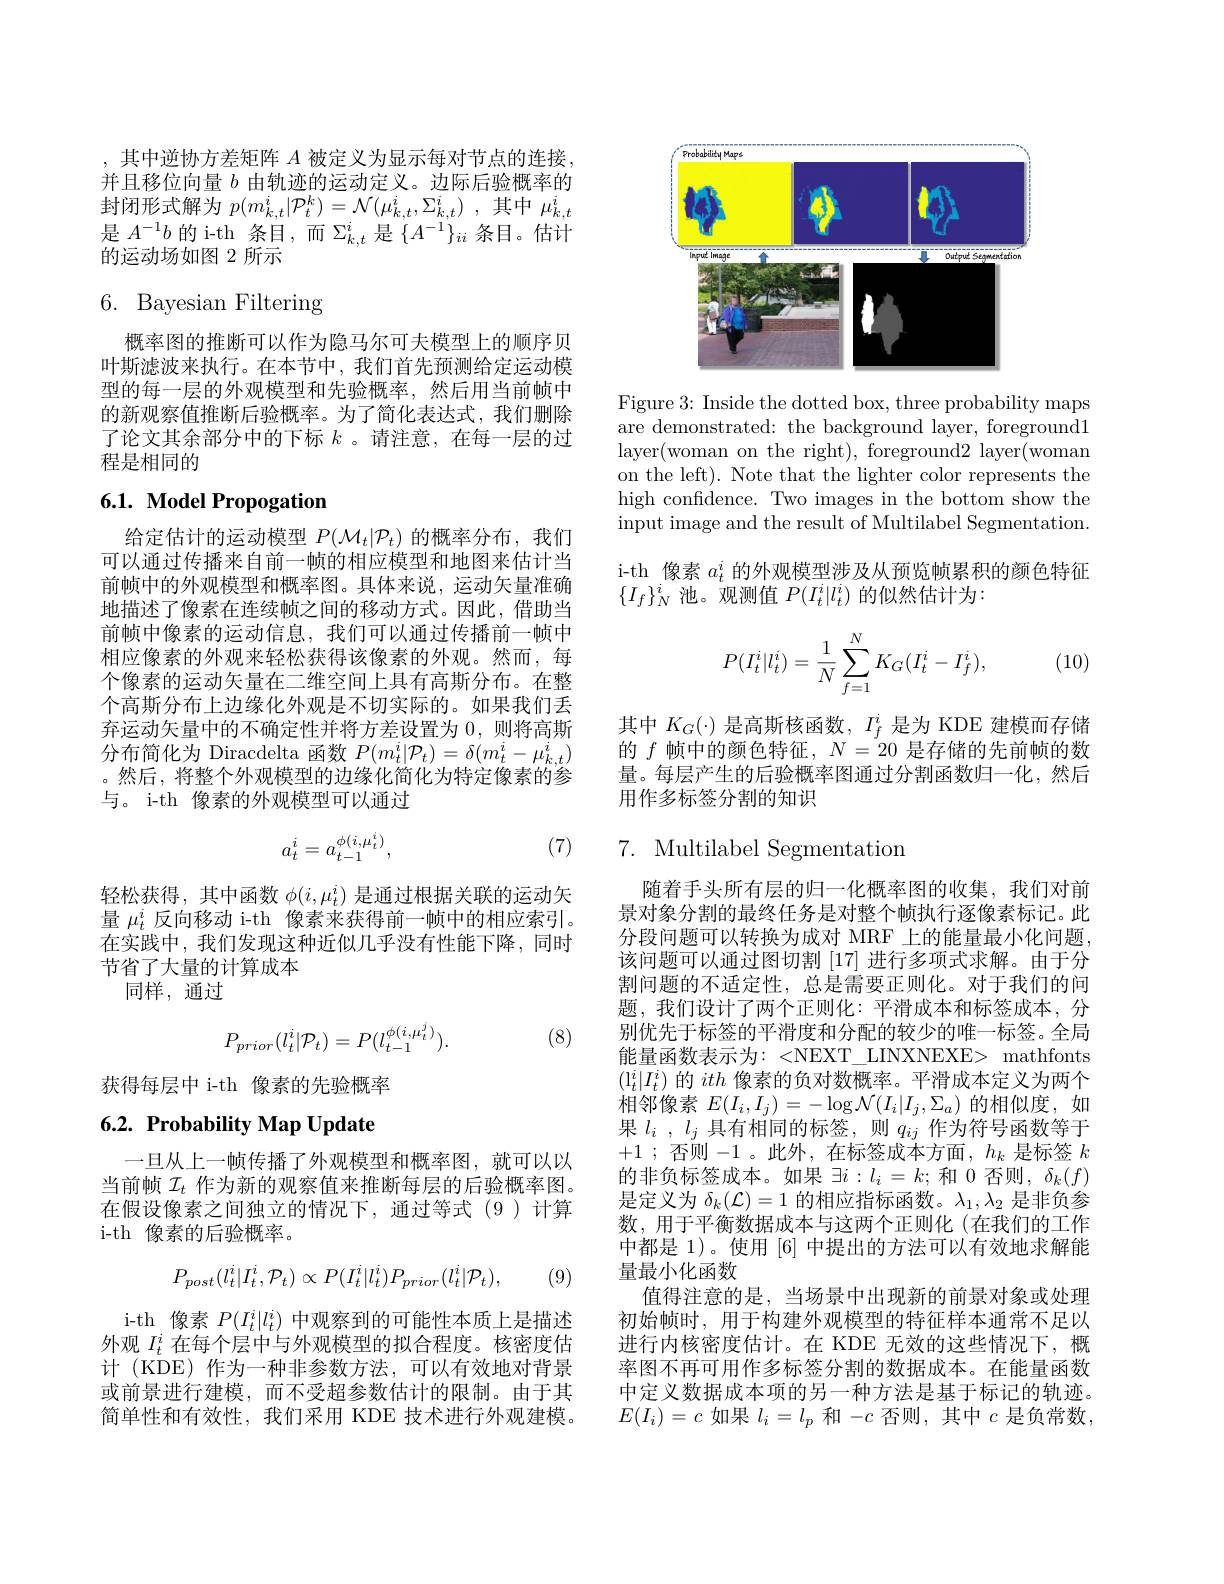
,其中逆协方差矩阵$A$被定义为显示每对节点的连接并且移位向量$b$由轨迹的运动定义。边际后验概率的封闭形式解为$p( m_{k, t}^{i}| \mathcal{P} _{t}^{k}) = \mathcal{N} ( \mu _{k, t}^{i}, \Sigma _{k, t}^{i})$ ,其中$\mu_k,t^{i}$ 是$A^{-1}b$ 的 i-th 条目，而 $\Sigma_k,t^i$ 是$\{A^{-1}\}_{ii}$ 条目。估计的运动场如图 2 所示

# 6. Bayesian Filtering

概率图的推断可以作为隐马尔可夫模型上的顺序贝叶斯滤波来执行。在本节中，我们首先预测给定运动模型的每一层的外观模型和先验概率，然后用当前帧中的新观察值推断后验概率。为了简化表达式，我们删除了论文其余部分中的下标$k$ 。请注意，在每一层的过程是相同的

# 6.1. Model Propogation

给定估计的运动模型$P(\mathcal{M}_t|\mathcal{P}_t)$的概率分布，我们可以通过传播来自前一帧的相应模型和地图来估计当前帧中的外观模型和概率图。具体来说，运动矢量准确地描述了像素在连续帧之间的移动方式。因此，借助当前帧中像素的运动信息，我们可以通过传播前一帧中相应像素的外观来轻松获得该像素的外观。然而，每个像素的运动矢量在二维空间上具有高斯分布。在整个高斯分布上边缘化外观是不切实际的。如果我们丢弃运动矢量中的不确定性并将方差设置为 0,则将高斯分布简化为 Diracdelta 函数$P(m_{t}^{i}|\mathcal{P}_{t})=\delta(m_{t}^{i}-\mu_{k,t}^{i})$ 。然后，将整个外观模型的边缘化简化为特定像素的参与。i-th 像素的外观模型可以通过

(7)
$$a_t^i=a_{t-1}^{\phi(i,\mu_t^i)},$$
轻松获得，其中函数$\phi(i,\mu_t^i)$是通过根据关联的运动矢量$\mu_t^i$反向移动 i-th 像素来获得前一帧中的相应索引。在实践中，我们发现这种近似几乎没有性能下降，同时节省了大量的计算成本
同样，通过

(8)
$$P_{prior}(l_t^i|\mathcal{P}_t)=P(l_{t-1}^{\phi(i,\mu_t^j)}).$$
获得每层中 i-th 像素的先验概率

## $6. 2. \textbf{Probability Map Update}$

一旦从上一帧传播了外观模型和概率图，就可以以当前帧$\mathcal{I}_t$作为新的观察值来推断每层的后验概率图。在假设像素之间独立的情况下，通过等式(9)计算i-th 像素的后验概率。
$$P_{post}(l_t^i|I_t^i,\mathcal{P}_t)\propto P(I_t^i|l_t^i)P_{prior}(l_t^i|\mathcal{P}_t),$$
(9)

i-th 像素$P(I_t^i|l_t^i)$中观察到的可能性本质上是描述外观$I_t^i$在每个层中与外观模型的拟合程度。核密度估计 (KDE) 作为一种非参数方法，可以有效地对背景或前景进行建模，而不受超参数估计的限制。由于其简单性和有效性，我们采用 KDE 技术进行外观建模。

<FigureHere>

Figure 3: Inside the dotted box, three probability maps are demonstrated: the background layer, foreground1 layer(woman on the right), foreground2 layer(woman on the left). Note that the lighter color represents the high confidence. Two images in the bottom show the input image and the result of Multilabel Segmentation. i-th 像素$a_t^i$的外观模型涉及从预览帧累积的颜色特征$\{I_f\}_N^i$池。观测值$P(I_t^i|l_t^i)$的似然估计为：

(10)
$$P(I_t^i|l_t^i)=\dfrac{1}{N}\sum_{f=1}^NK_G(I_t^i-I_f^i),$$
其中$K_G(\cdot)$是高斯核函数，$I_f^i$是为 KDE 建模而存储的$f$帧中的颜色特征，$N=20$是存储的先前帧的数量。每层产生的后验概率图通过分割函数归一化，然后用作多标签分割的知识

## 7. Multilabel Segmentation

随着手头所有层的归一化概率图的收集，我们对前景对象分割的最终任务是对整个帧执行逐像素标记。此分段问题可以转换为成对 MRF 上的能量最小化问题， 该问题可以通过图切割[17]进行多项式求解。由于分割问题的不适定性，总是需要正则化。对于我们的问题，我们设计了两个正则化：平滑成本和标签成本，分别优先于标签的平滑度和分配的较少的唯一标签。全局能量函数表示为：<NEXT\_LINXNEXE> mathfonts $(\mathrm{l}_t^i|I_t^i)$的ith像素的负对数概率。平滑成本定义为两个相邻像素$E(I_i,I_j)=-\log\mathcal{N}(I_i|I_j,\Sigma_a)$的相似度，如果$l_i,l_j$具有相同的标签，则$q_ij$作为符号函数等于+1 ;否则-1 。此外，在标签成本方面$,h_k$是标签$k$ 的非负标签成本。如果$\exists i:l_i=k;$和0否则，$\delta_k(f)$ 是定义为$\delta_k(\mathcal{L})=1$的相应指标函数。$\lambda_1,\lambda_2$是非负参数，用于平衡数据成本与这两个正则化(在我们的工作中都是 1)。使用 [6] 中提出的方法可以有效地求解能量最小化函数
值得注意的是，当场景中出现新的前景对象或处理初始帧时，用于构建外观模型的特征样本通常不足以进行内核密度估计。在 KDE 无效的这些情况下，概率图不再可用作多标签分割的数据成本。在能量函数中定义数据成本项的另一种方法是基于标记的轨迹。$E(I_{i})=c$如果$l_i=l_p$和$-c$否则，其中$c$是负常数，